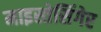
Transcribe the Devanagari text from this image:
माइस्तेसिंगेर